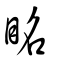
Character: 眳